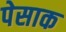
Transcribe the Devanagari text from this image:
पेसाक